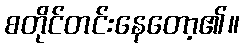
စတိုင်တင်းနေတော့၏။